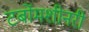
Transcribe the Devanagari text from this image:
टर्बोमशीनरी